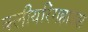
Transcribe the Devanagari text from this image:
क्लीयरिंगहाउस